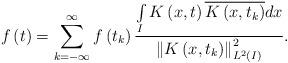
LaTeX: \begin{align*}f\left( t\right) =\sum\limits_{k=-\infty }^{\infty }f\left( t_{k}\right) \frac{\int\limits_{I}K\left( x,t\right) \overline{K\left( x,t_{k}\right) }dx}{\left\Vert K\left( x,t_{k}\right) \right\Vert _{L^{2}\left( I\right) }^{2}}. \end{align*}